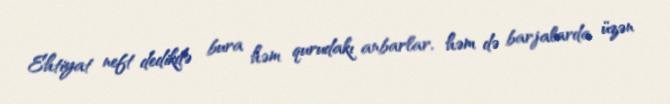
Ehtiyat neft dedikdə bura həm qurudakı anbarlar, həm də barjalarda üzən